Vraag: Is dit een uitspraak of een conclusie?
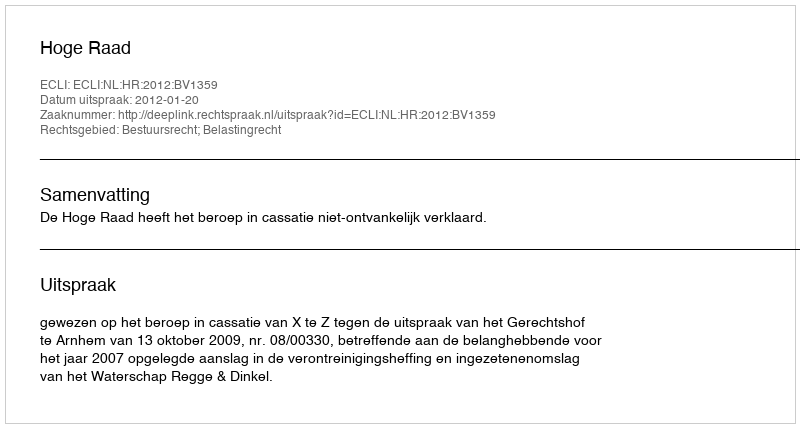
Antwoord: Uitspraak